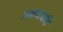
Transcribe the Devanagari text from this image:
अमयावधि